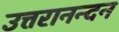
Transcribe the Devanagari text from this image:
उत्तरानन्दन